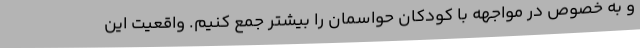
و به خصوص در مواجهه با کودکان حواسمان را بیشتر جمع کنیم. واقعیت این